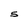
Character: 5